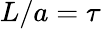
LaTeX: L/a=\tau